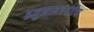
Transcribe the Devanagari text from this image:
हनुमानजयंतीचा